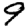
Digit: 9